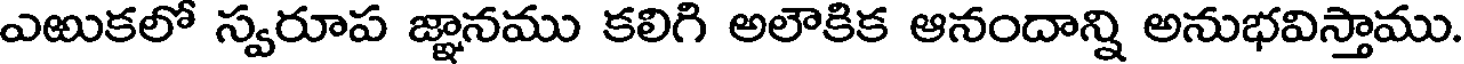
ఎఱుకలో స్వరూప జ్ఞానము కలిగి అలౌకిక ఆనందాన్ని అనుభవిస్తాము.